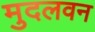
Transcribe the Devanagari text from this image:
मुदलवन